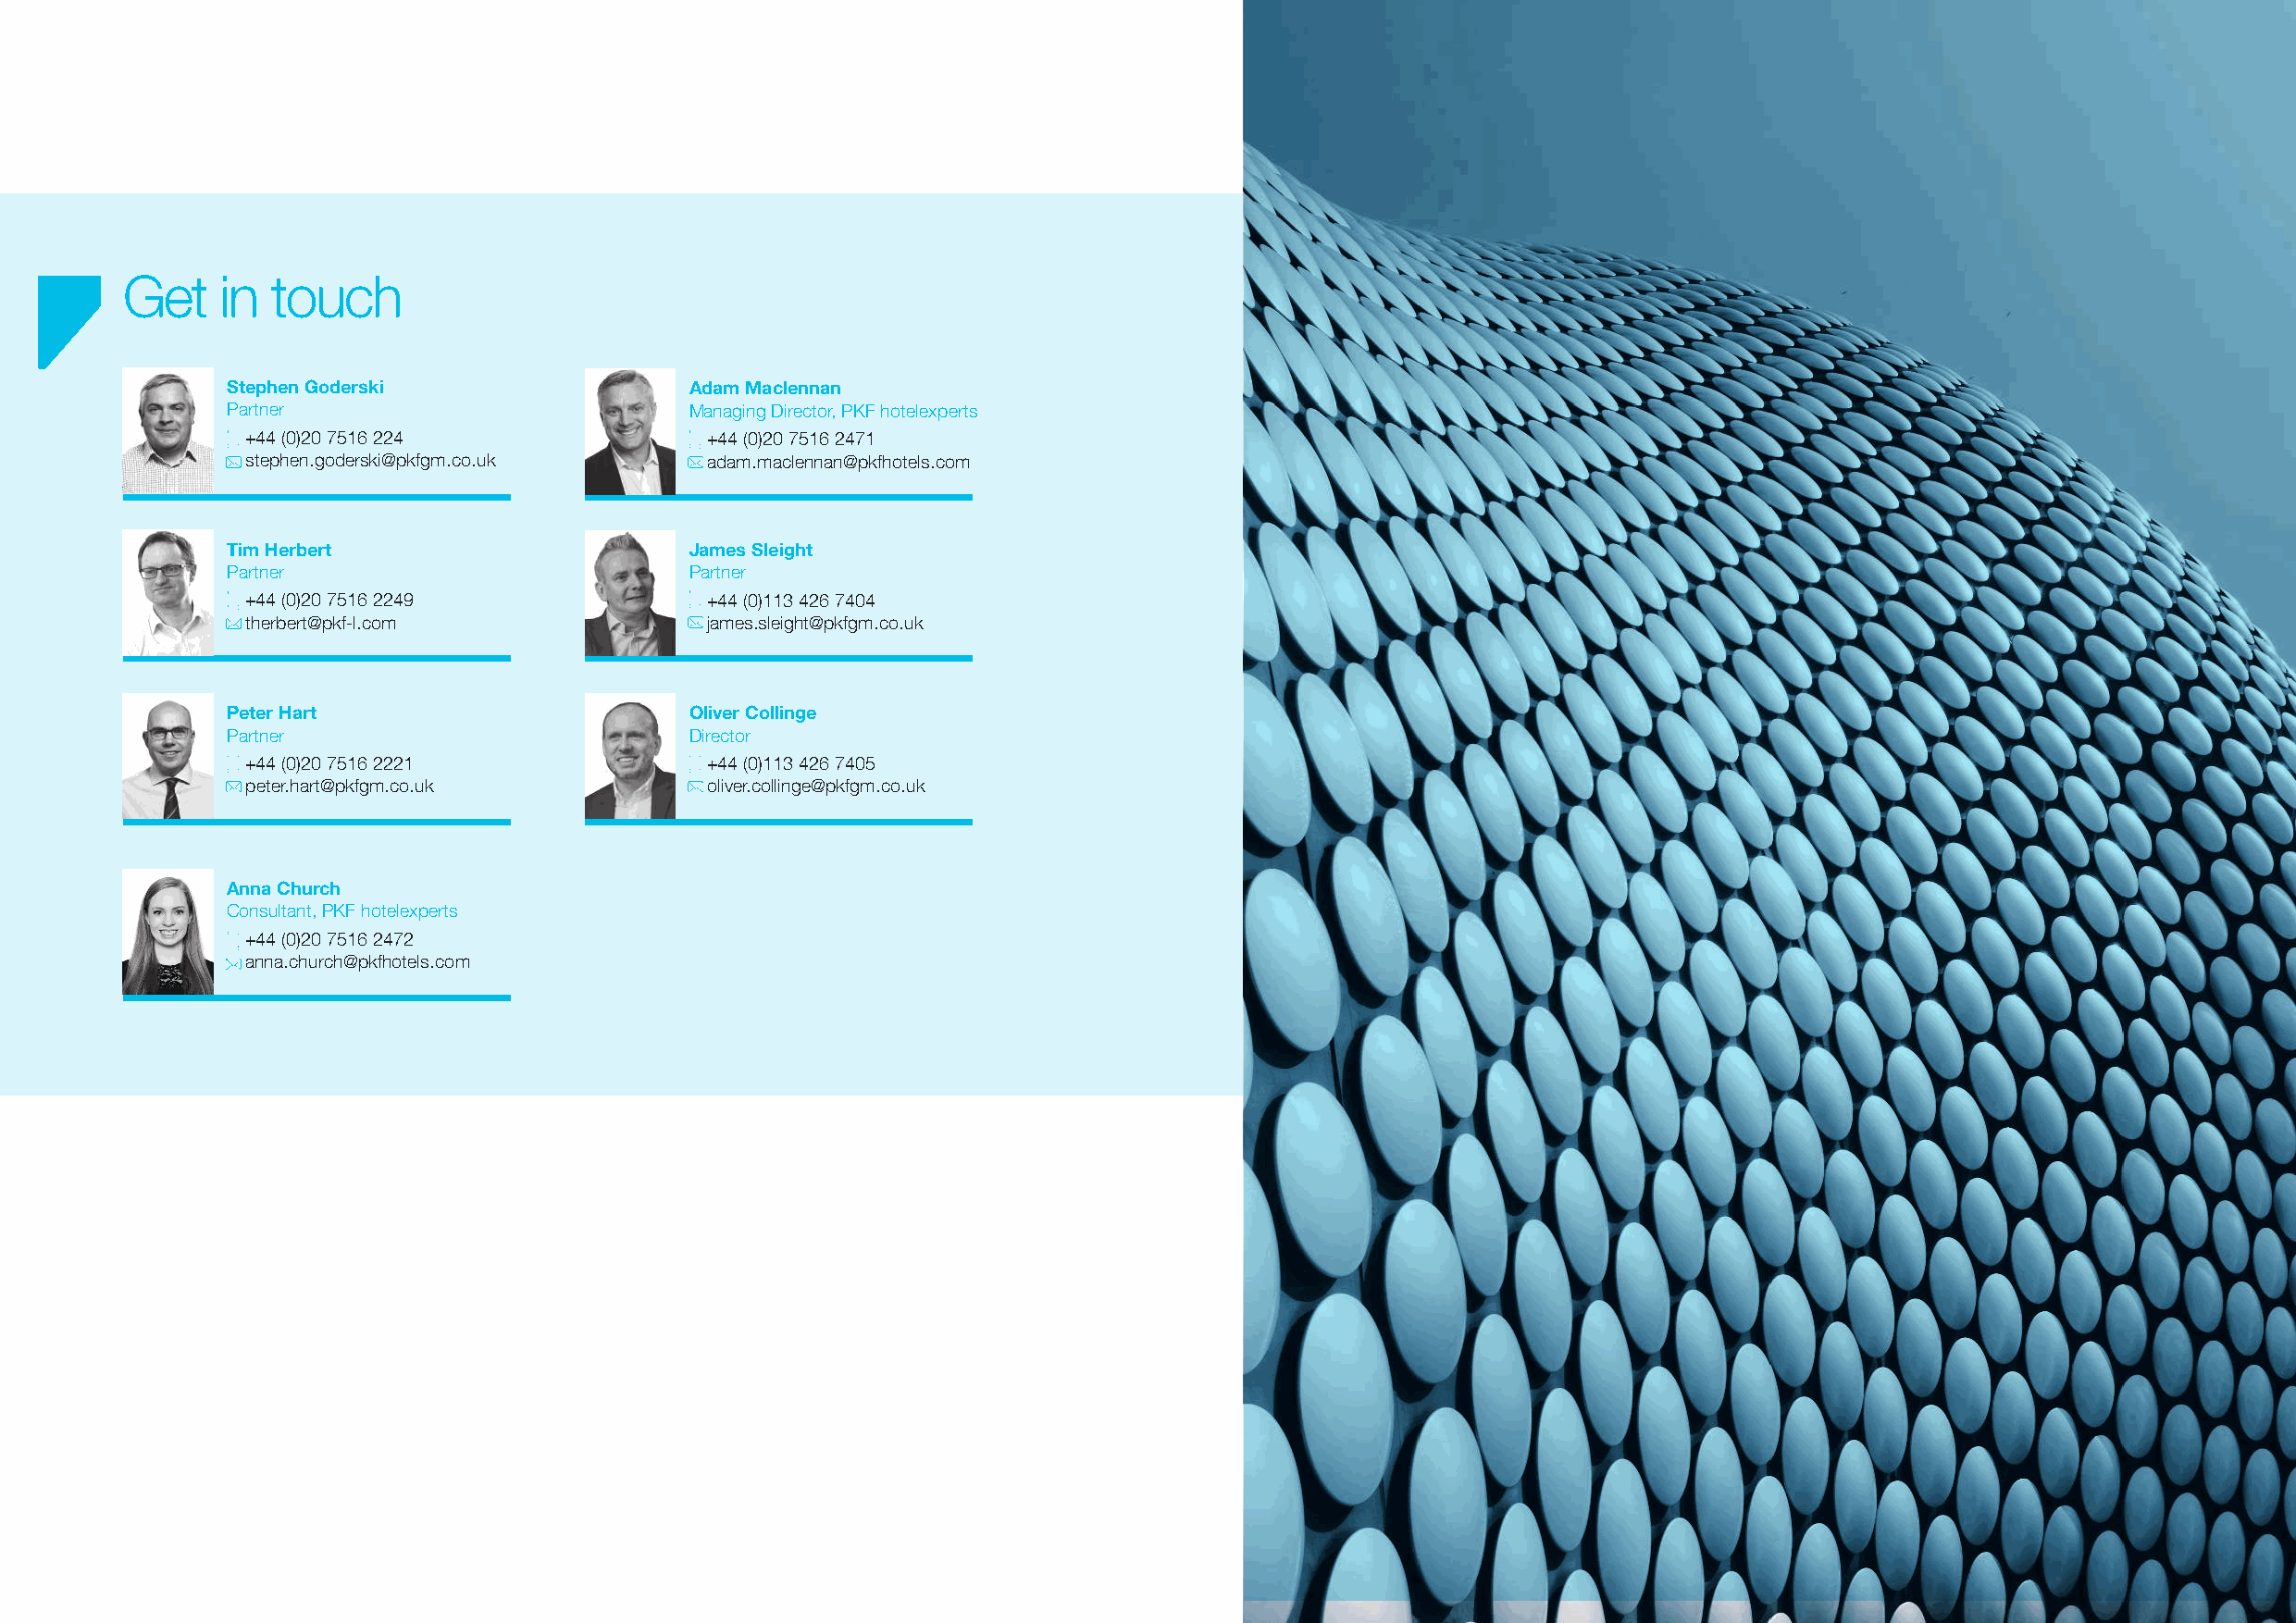
Will the bounce be high enough?
 Get    in touch
 Stephen Goderski                 Adam Maclennan
 Partner                          Managing Director, PKF hotelexperts
 +44 (0)20 7516 224               +44 (0)20 7516 2471
 stephen.goderski@pkfgm.co.uk     adam.maclennan@pkfhotels.com
 Tim Herbert                      James Sleight
 Partner                          Partner
 +44 (0)20 7516 2249              +44 (0)113 426 7404
 therbert@pkf-l.com               james.sleight@pkfgm.co.uk
 Peter Hart                       Oliver Collinge
 Partner                          Director
 +44 (0)20 7516 2221              +44 (0)113 426 7405
 peter.hart@pkfgm.co.uk           oliver.collinge@pkfgm.co.uk
 Anna Church
 Consultant, PKF hotelexperts
 +44 (0)20 7516 2472
 anna.church@pkfhotels.com